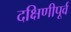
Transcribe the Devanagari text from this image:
दक्षिणीपूर्व